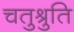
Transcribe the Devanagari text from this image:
चतुश्रुति